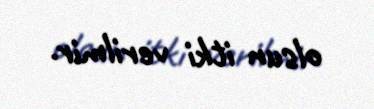
olsun itki verilmir.